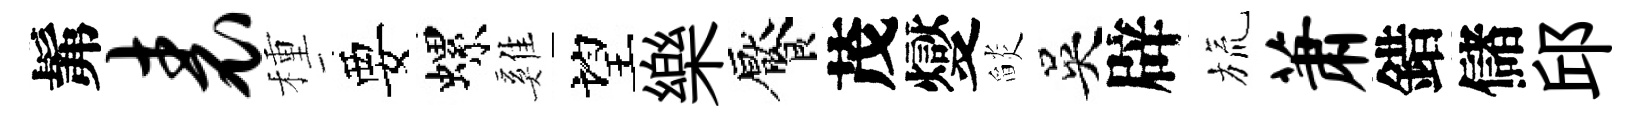
髴表種要螺雞望樂饜茂燮𦦨吳辟旒萧錯儲邱